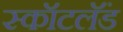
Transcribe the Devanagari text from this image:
स्कॉटलॅंड